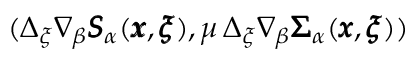
( \Delta _ { \xi } \nabla _ { \beta } { \pmb S } _ { \alpha } ( { \pmb x } , { \pmb \xi } ) , \mu \, \Delta _ { \xi } \nabla _ { \beta } { \pmb \Sigma } _ { \alpha } ( { \pmb x } , { \pmb \xi } ) )